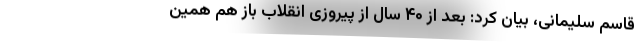
قاسم سلیمانی، بیان کرد: بعد از ۴۰ سال از پیروزی انقلاب باز هم همین